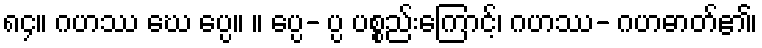
၈၄။ ဂဟဿ ဃေ ပ္ပေ။ ။ ပ္ပေ- ပ္ပ ပစ္စည်းကြောင့်၊ ဂဟဿ- ဂဟဓာတ်၏၊